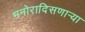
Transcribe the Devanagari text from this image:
मनोरादिसणार्‍या